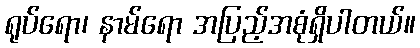
ရုပ်ရော၊ နာမ်ရော အပြည့်အစုံရှိပါတယ်။